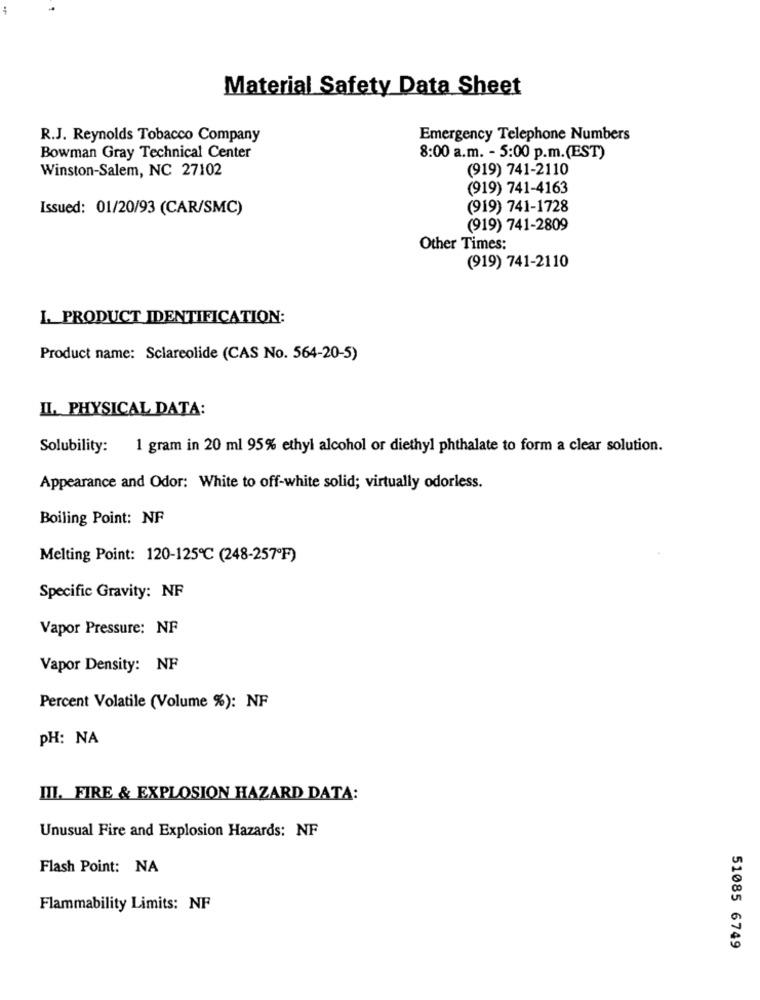
Material Safety Data Sheet
R.J. Reynolds Tobacco Company
Emergency Telephone Numbers
Bowman Gray Technical Center
8:00 a.m. - 5:00 p.m.(EST)
Winston-Salem, NC 27102
(919) 741-2110
(919) 741-4163
Issued: 01/20/93 (CAR/SMC)
(919) 741-1728
(919) 741-2809
Other Times:
(919) 741-2110
I. PRODUCT IDENTIFICATION:
Product name: Sclareolide (CAS No. 564-20-5)
II. PHYSICAL DATA:
Solubility: 1 gram in 20 ml 95% ethyl alcohol or diethyl phthalate to form a clear solution.
Appearance and Odor: White to off-white solid; virtually odorless.
Boiling Point: NF
Melting Point: 120-125℃ (248-257ºF)
Specific Gravity: NF
Vapor Pressure: NF
Vapor Density: NF
Percent Volatile (Volume %): NF
PH: NA
III. FIRE & EXPLOSION HAZARD DATA:
Unusual Fire and Explosion Hazards: NF
Flash Point: NA
Flammability Limits: NF
51085 6749